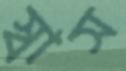
স্বাস